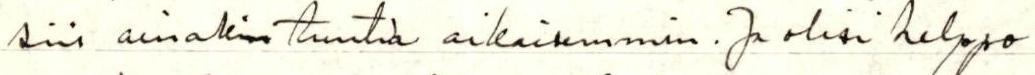
siis ainakin tuntia aikaisemmin. Ja olisi helppo